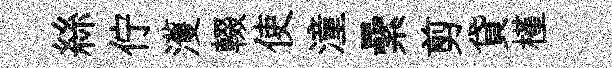
絲佇濩輟使潼纍剪貸槿